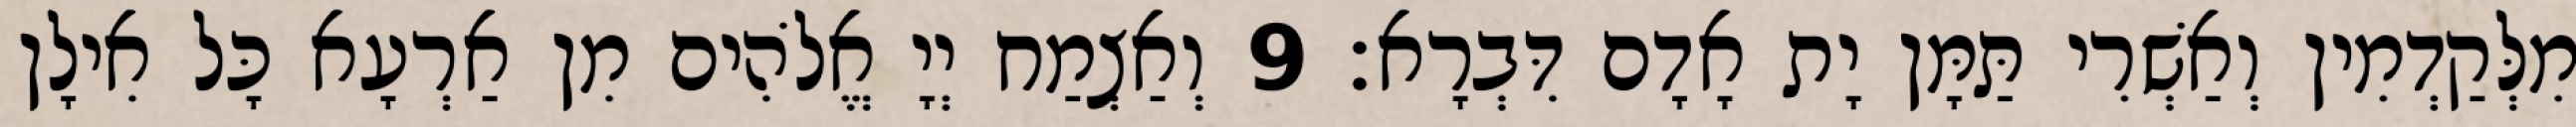
מִלְּקַדְמִין וְאַשְׁרִי תַּמָּן יָת אָדָם דִּבְרָא׃ 9 וְאַצְמַח יְיָ אֱלֹהִים מִן אַרְעָא כָּל אִילָן